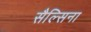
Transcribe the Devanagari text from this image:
सैल्सिना